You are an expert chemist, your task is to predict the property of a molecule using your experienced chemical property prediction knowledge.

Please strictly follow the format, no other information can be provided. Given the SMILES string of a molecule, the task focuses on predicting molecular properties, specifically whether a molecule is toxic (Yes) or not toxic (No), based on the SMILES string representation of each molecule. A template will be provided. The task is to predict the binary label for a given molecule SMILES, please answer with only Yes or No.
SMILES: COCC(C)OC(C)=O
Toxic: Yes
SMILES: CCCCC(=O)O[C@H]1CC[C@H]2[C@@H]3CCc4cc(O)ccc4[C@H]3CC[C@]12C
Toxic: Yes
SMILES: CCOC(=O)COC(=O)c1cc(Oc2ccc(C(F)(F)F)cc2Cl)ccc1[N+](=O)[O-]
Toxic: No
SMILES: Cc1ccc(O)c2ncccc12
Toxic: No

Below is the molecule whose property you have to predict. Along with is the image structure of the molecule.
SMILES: CC(COC(=O)c1ccccc1)OC(=O)c1ccccc1
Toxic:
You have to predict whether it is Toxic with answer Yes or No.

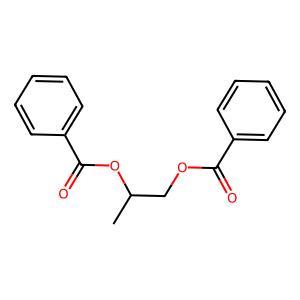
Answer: No